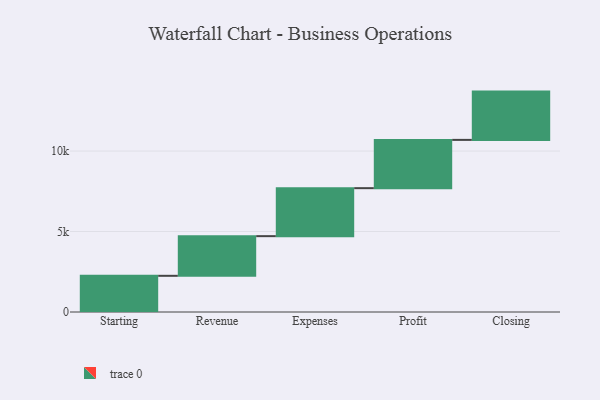
{"axis": {"x": "Step", "y": "Value"}, "legend": [""], "data": [{"x": "Starting", "y": 2249.0, "type": ""}, {"x": "Revenue", "y": 2464.0, "type": ""}, {"x": "Expenses", "y": 2982.0, "type": ""}, {"x": "Profit", "y": 3000, "type": ""}, {"x": "Closing", "y": 3000, "type": ""}]}